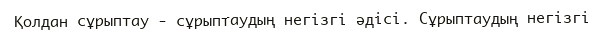
Қолдан сұрыптау - сұрыптаудың негізгі әдісі. Сұрыптаудың негізгі